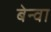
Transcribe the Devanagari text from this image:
बेन्वा